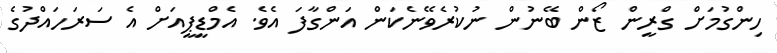
ހިންގުމަށް ގްރީން ޒޯން ބޭނުން ނުކުރެވޭނެކަން އަންގާފަ އެވެ. އެމްޑީޕީއަށް އެ ސަރަހައްދުގެ